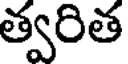
త్వరిత